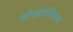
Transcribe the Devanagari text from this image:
नोव्होरोस्सिय्स्क